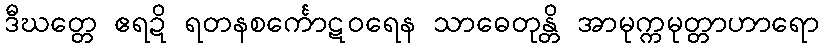
ဒီဃတ္တေ ဧရဍိ ရတနစင်္ကောဋဝရေန သာဓေတုန္တိ အာမုက္ကမုတ္တာဟာရော